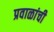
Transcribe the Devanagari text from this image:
प्रवाळांची